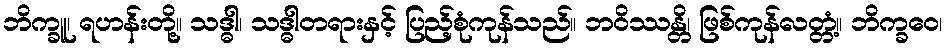
ဘိက္ခူ၊ ရဟန်းတို့။ သဒ္ဓါ၊ သဒ္ဓါတရားနှင့် ပြည့်စုံကုန်သည်။ ဘဝိဿန္တိ၊ ဖြစ်ကုန်လတ္တံ့။ ဘိက္ခဝေ၊